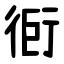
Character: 衐